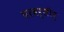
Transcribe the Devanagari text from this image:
परवर्तीर्